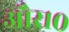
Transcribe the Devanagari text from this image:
और१०